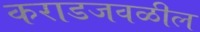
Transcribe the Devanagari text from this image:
कराडजवळील